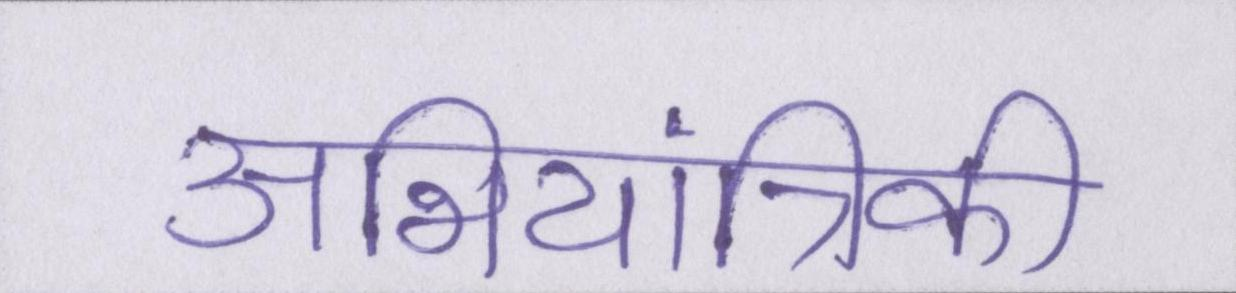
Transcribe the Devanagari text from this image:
अभियांत्रिकी